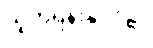
ယူကရိန်းနိုင်ငံ၏